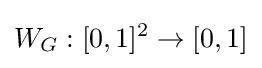
W_{G}:[0,1]^{2}\to [0,1]